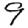
Digit: 9